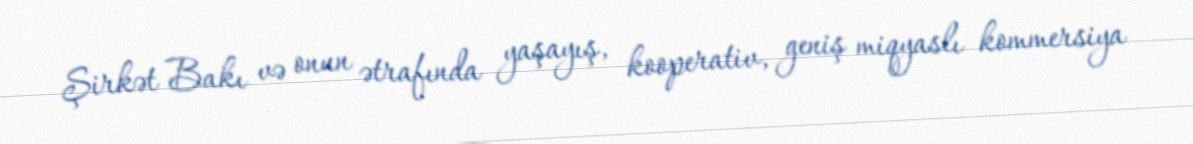
Şirkət Bakı və onun ətrafında yaşayış, kooperativ, geniş miqyaslı kommersiya